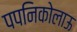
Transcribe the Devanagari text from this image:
पपनिकोलाऊ